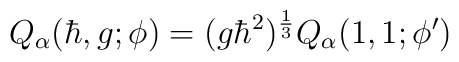
Q_\alpha(\hbar,g; \phi) = (g\hbar^2)^{\frac{1}{3} } Q_\alpha(1,1; \phi^\prime)